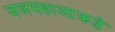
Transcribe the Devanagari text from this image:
जलमहालाकडे